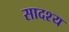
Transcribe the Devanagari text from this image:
सादश्य